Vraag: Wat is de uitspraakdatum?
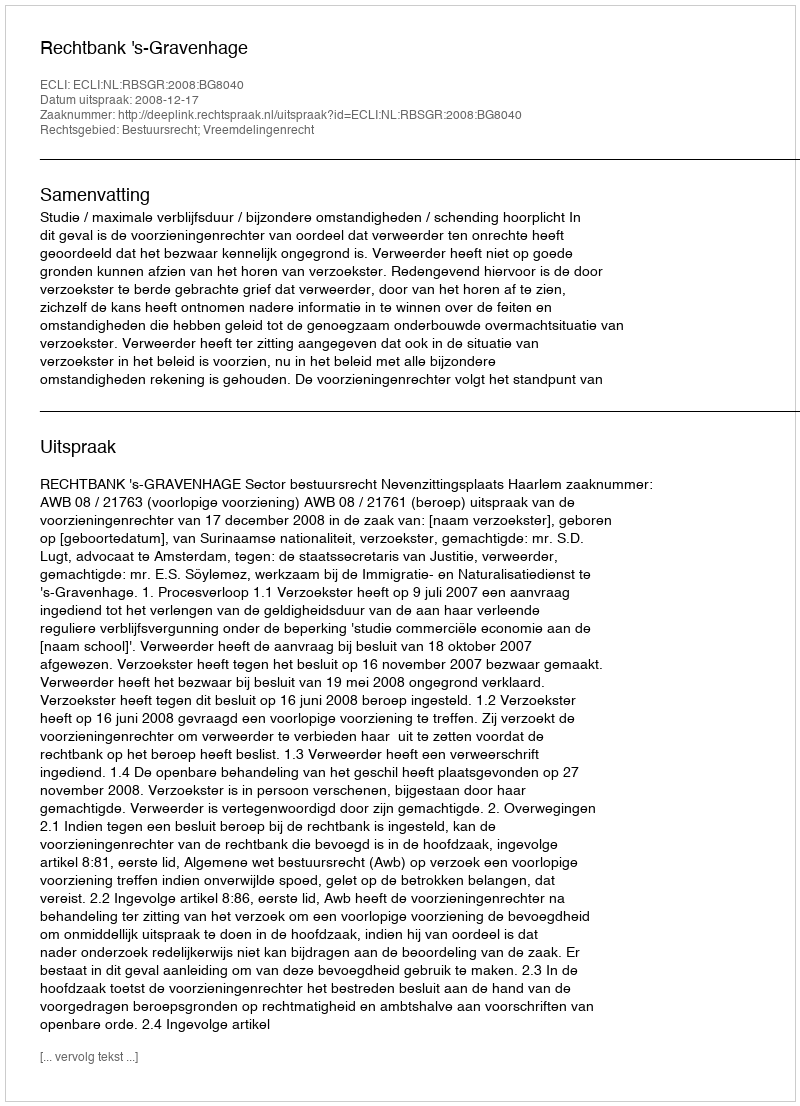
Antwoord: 2008-12-17